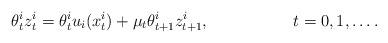
LaTeX: \begin{align*}\theta_t^i z_t^i &= \theta_t^i u_i(x_t^i) + \mu_t \theta_{t+1}^i z_{t+1}^i, & & t=0,1,\ldots.\end{align*}